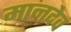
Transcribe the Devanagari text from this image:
मानदेव